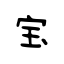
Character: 宝